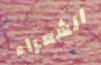
الشعراء